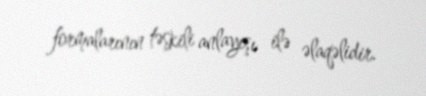
formalarının təşkili anlayışı ilə əlaqəlidir.